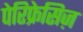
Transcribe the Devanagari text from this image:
पेरिफ्रेसिज़